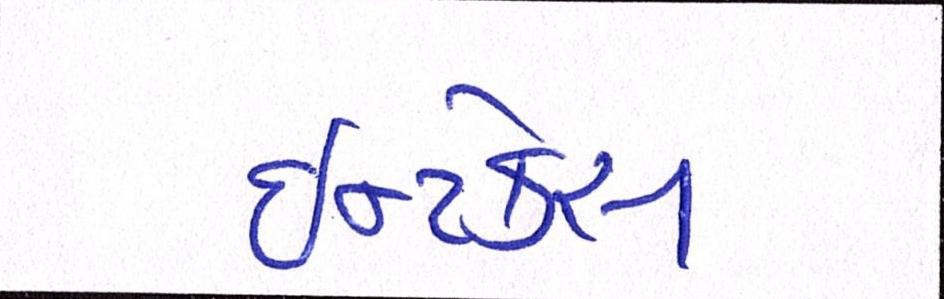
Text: ઈન્ટેક્સ